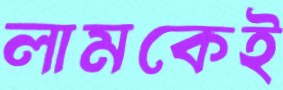
লামকেই